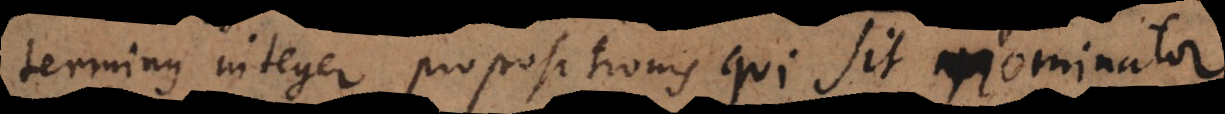
terminus integer propositionis qui sit nominator,